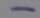
Text: -